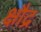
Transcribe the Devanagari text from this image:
क्षौद्र